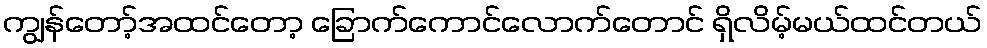
ကျွန်တော့်အထင်တော့ ခြောက်ကောင်လောက်တောင် ရှိလိမ့်မယ်ထင်တယ်